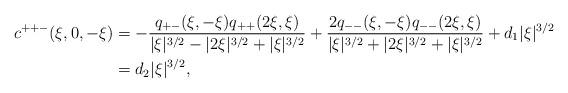
LaTeX: \begin{align*}c^{++-}(\xi,0,-\xi) &= -\frac{q_{+-}(\xi,-\xi) q_{++}(2\xi, \xi)}{|\xi|^{3/2}-|2\xi|^{3/2}+|\xi|^{3/2}} +\frac{2q_{--}(\xi,-\xi) q_{--}(2\xi, \xi)}{|\xi|^{3/2}+|2\xi|^{3/2}+|\xi|^{3/2}} + d_1 |\xi|^{3/2}\\ &= d_2 |\xi|^{3/2}, \end{align*}